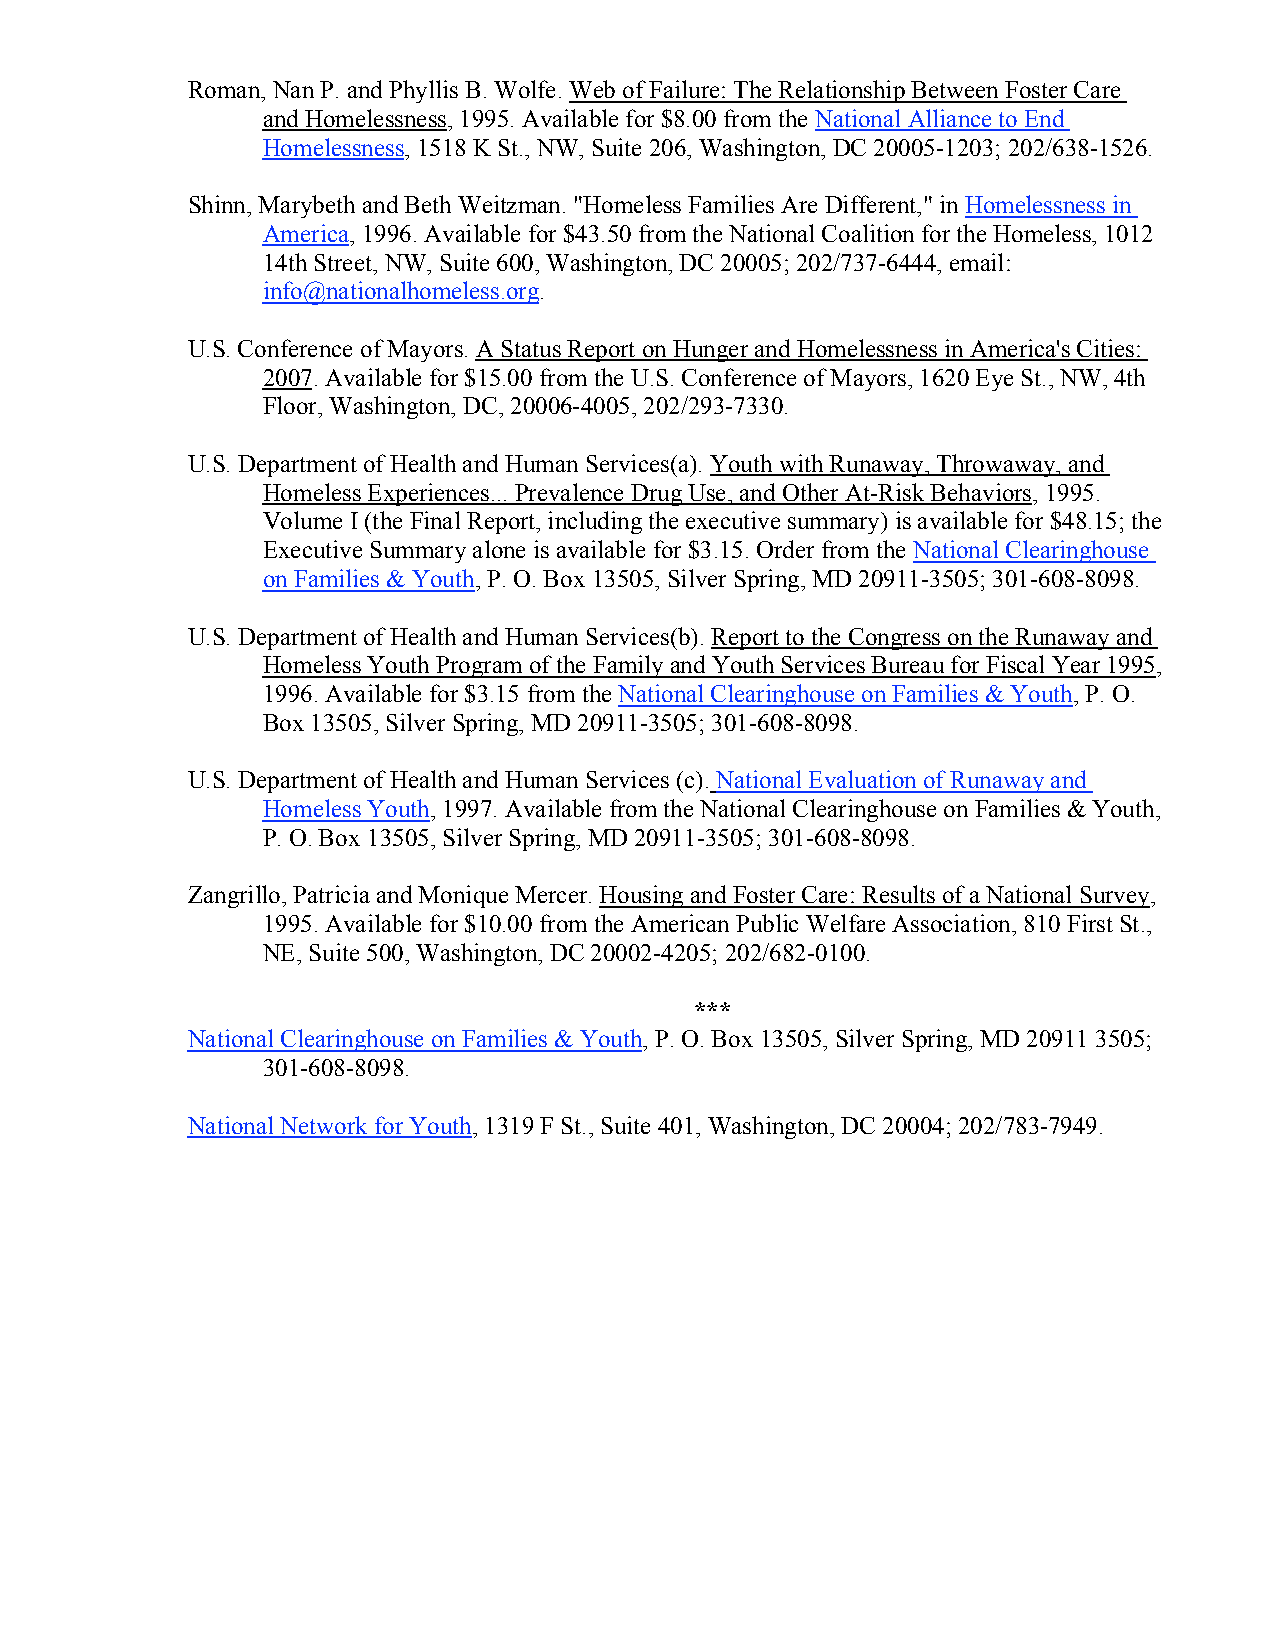
Roman, Nan P. and Phyllis B. Wolfe. Web of Failure: The Relationship Between Foster Care
 and Homelessness, 1995. Available for $8.00 from the National Alliance to End
 Homelessness, 1518 K St., NW, Suite 206, Washington, DC 20005-1203; 202/638-1526.
 Shinn, Marybeth and Beth Weitzman. "Homeless Families Are Different," in Homelessness in
 America, 1996. Available for $43.50 from the National Coalition for the Homeless, 1012
 14th Street, NW, Suite 600, Washington, DC 20005; 202/737-6444, email:
 info@nationalhomeless.org.
 U.S. Conference of Mayors. A Status Report on Hunger and Homelessness in America's Cities:
 2007. Available for $15.00 from the U.S. Conference of Mayors, 1620 Eye St., NW, 4th
 Floor, Washington, DC, 20006-4005, 202/293-7330.
 U.S. Department of Health and Human Services(a). Youth with Runaway, Throwaway, and
 Homeless Experiences... Prevalence Drug Use, and Other At-Risk Behaviors, 1995.
 Volume I (the Final Report, including the executive summary) is available for $48.15; the
 Executive Summary alone is available for $3.15. Order from the National Clearinghouse
 on Families & Youth, P. O. Box 13505, Silver Spring, MD 20911-3505; 301-608-8098.
 U.S. Department of Health and Human Services(b). Report to the Congress on the Runaway and
 Homeless Youth Program of the Family and Youth Services Bureau for Fiscal Year 1995,
 1996. Available for $3.15 from the National Clearinghouse on Families & Youth, P. O.
 Box 13505, Silver Spring, MD 20911-3505; 301-608-8098.
 U.S. Department of Health and Human Services (c). National Evaluation of Runaway and
 Homeless Youth, 1997. Available from the National Clearinghouse on Families & Youth,
 P. O. Box 13505, Silver Spring, MD 20911-3505; 301-608-8098.
 Zangrillo, Patricia and Monique Mercer. Housing and Foster Care: Results of a National Survey,
 1995. Available for $10.00 from the American Public Welfare Association, 810 First St.,
 NE, Suite 500, Washington, DC 20002-4205; 202/682-0100.
 ***
 National Clearinghouse on Families & Youth, P. O. Box 13505, Silver Spring, MD 20911 3505;
 301-608-8098.
 National Network for Youth, 1319 F St., Suite 401, Washington, DC 20004; 202/783-7949.